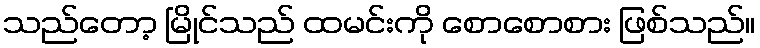
သည်တော့ မြိုင်သည် ထမင်းကို စောစောစား ဖြစ်သည်။